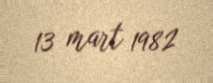
13 mart 1982